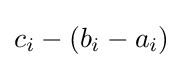
c_{i}-(b_{i}-a_{i})